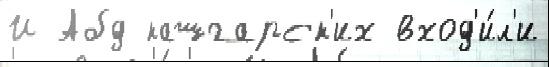
И Абд кашгарск'их вход'и́л'и